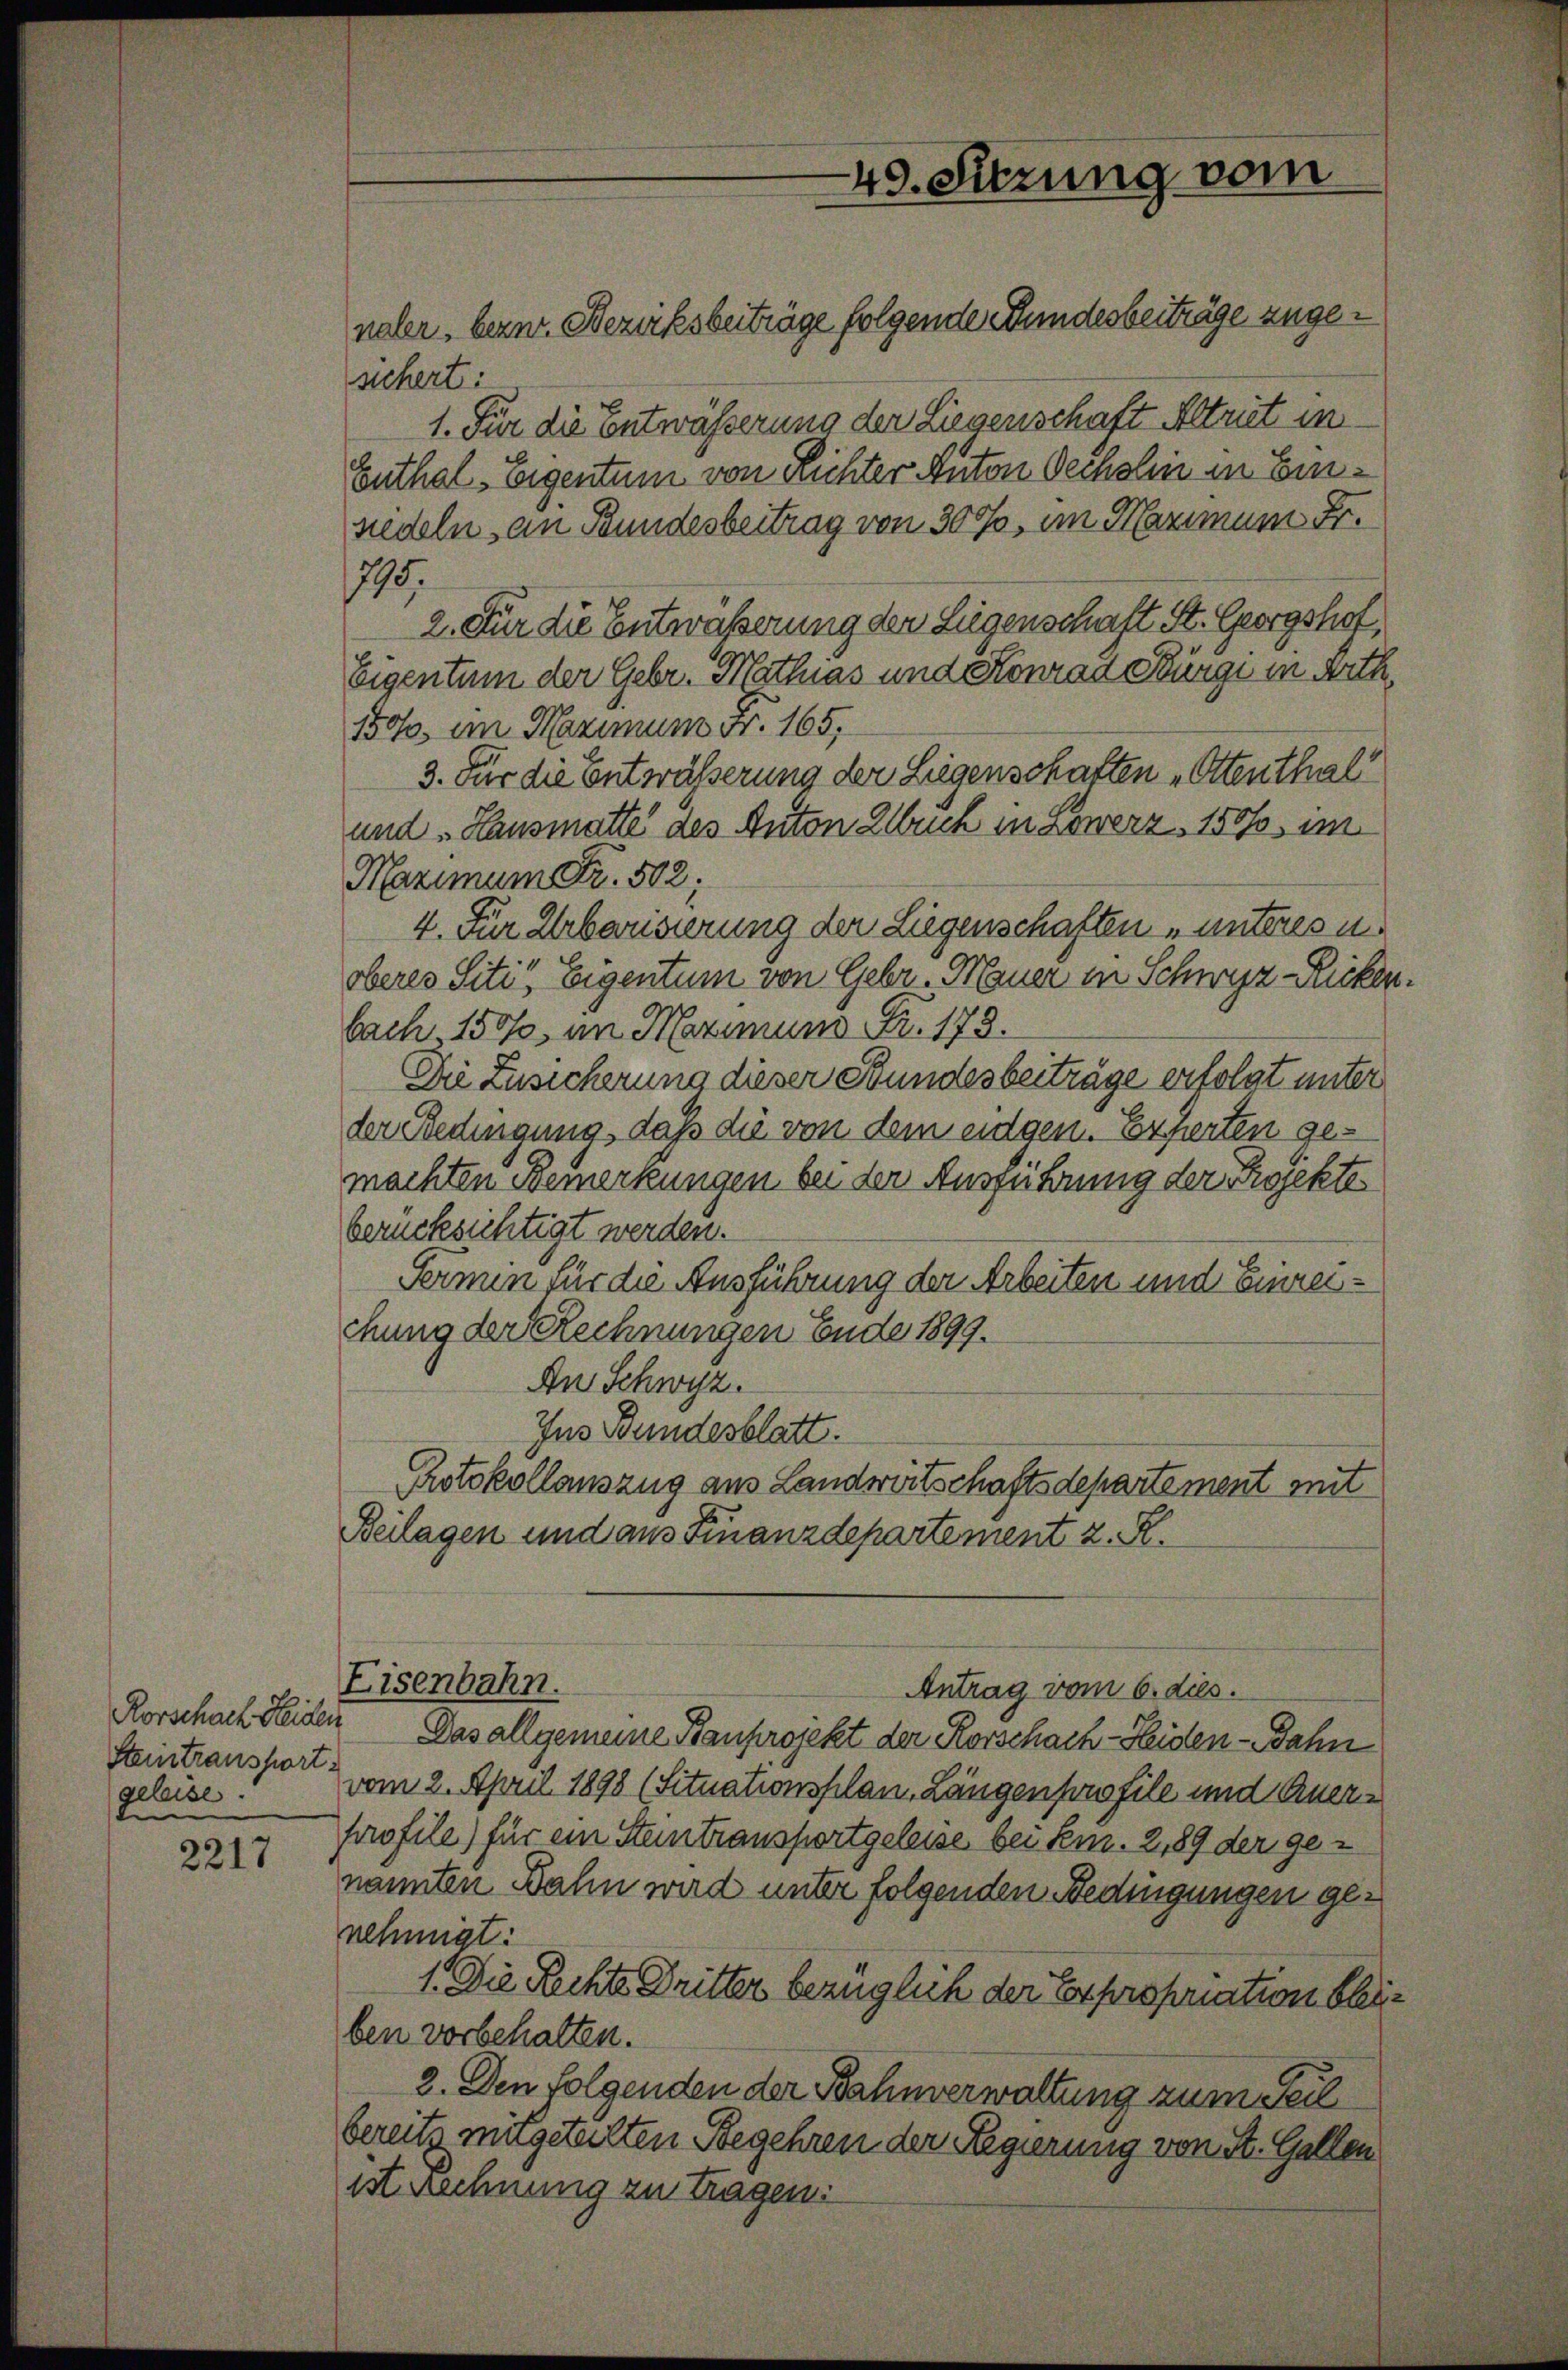
Rorschach Heiden
Steintransport
geleise.
e

2217

naler, bezw. Bezirksbeiträge folgende Stundesbeiträge zugesichert:
1. Für die Entwässerung der Liegenschaft Altriet in
Enthal-Eigentum von Richter Anton Oechslin in Einsiedeln, an Bundesbeitrag von 300, im Maximum Fr.
199.
2. Für die Entwäßerung der Liegenschaft St. Georgshof,
Eigentum der Gebr. Mathias und Konrad Bürgi in Arth
1010, im Nazimum Fr. 165,
3. Für die Entwässerung der Liegenschaften Ottenthal
und „Hausmatte des Anton Elbuch in sowerz, 1507 im
Maximum Fr. 502;
4. Für Urbarisierung der Liegenschaften „unteres u.
oberes Siti“ Eigentum von Gebr. Mauer in Schwyz -Ricken.
bach, 15570, am Maximum Fr. 173.
Die Zusicherung dieser Stundesbeiträge erfolgt unter
der Redingung, daß die von dem eidgen. Er fierten gemachten Bemerkungen bei der Ausführung der Projekte
berücksichtigt werden.
Fermin für die Ausführung der Arbeiten und Einreichung der Rechnungen Ende 1899.
An Schwyz.
Ins Bundesblatt.
Protokollauszug aus Landwirtschaftsdepartement mit
Beilagen und aus Finanzdepartement z. R.
Eisenbahn.
Antrag vom 6. dies.
Das allgemeine Bauprojekt der Korschach-Heiden-Jahn
vom 2. April 1898 (Situationsplan, Längenprofile und Anerprofile) für ein Stantransportgeleise bei sein. 2,89 der genannten Bahn wird unter folgenden Bedingungen genehmigt:
1. Die Rechte Dritter bezüglich der Expropriation bleiben vorbehalten.
2. Den folgenden der Bahnverwaltung zum Teil
bereitz mitgeteilten Begehren der Regierung von St. Gallen
ist Rechnung zu tragen:

49. Sitzung vom